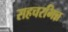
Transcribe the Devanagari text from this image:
सहचरभिन्न